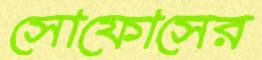
সোফোসের